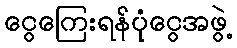
ငွေကြေးရန်ပုံငွေအဖွဲ့